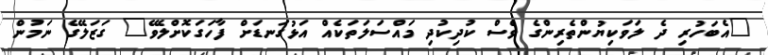
"އެބަހުރި ދެ ލަވަކިޔުންތެރިންގެ ވެސް ކުދިކުދި މައްސަލަތަކެއް އަޅުގަނޑަށް ފާހަގަކޮށްލެވޭ" ގަޒަލޭގެ ނަމުން